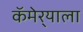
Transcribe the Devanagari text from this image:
कॅमेर्‍याला